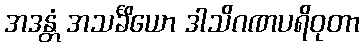
အဒန္တံ အသင်္ခိယော ဒါသိဂဏပရိဝုတာ